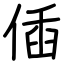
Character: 偛